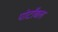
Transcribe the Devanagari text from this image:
पोर्टोबल